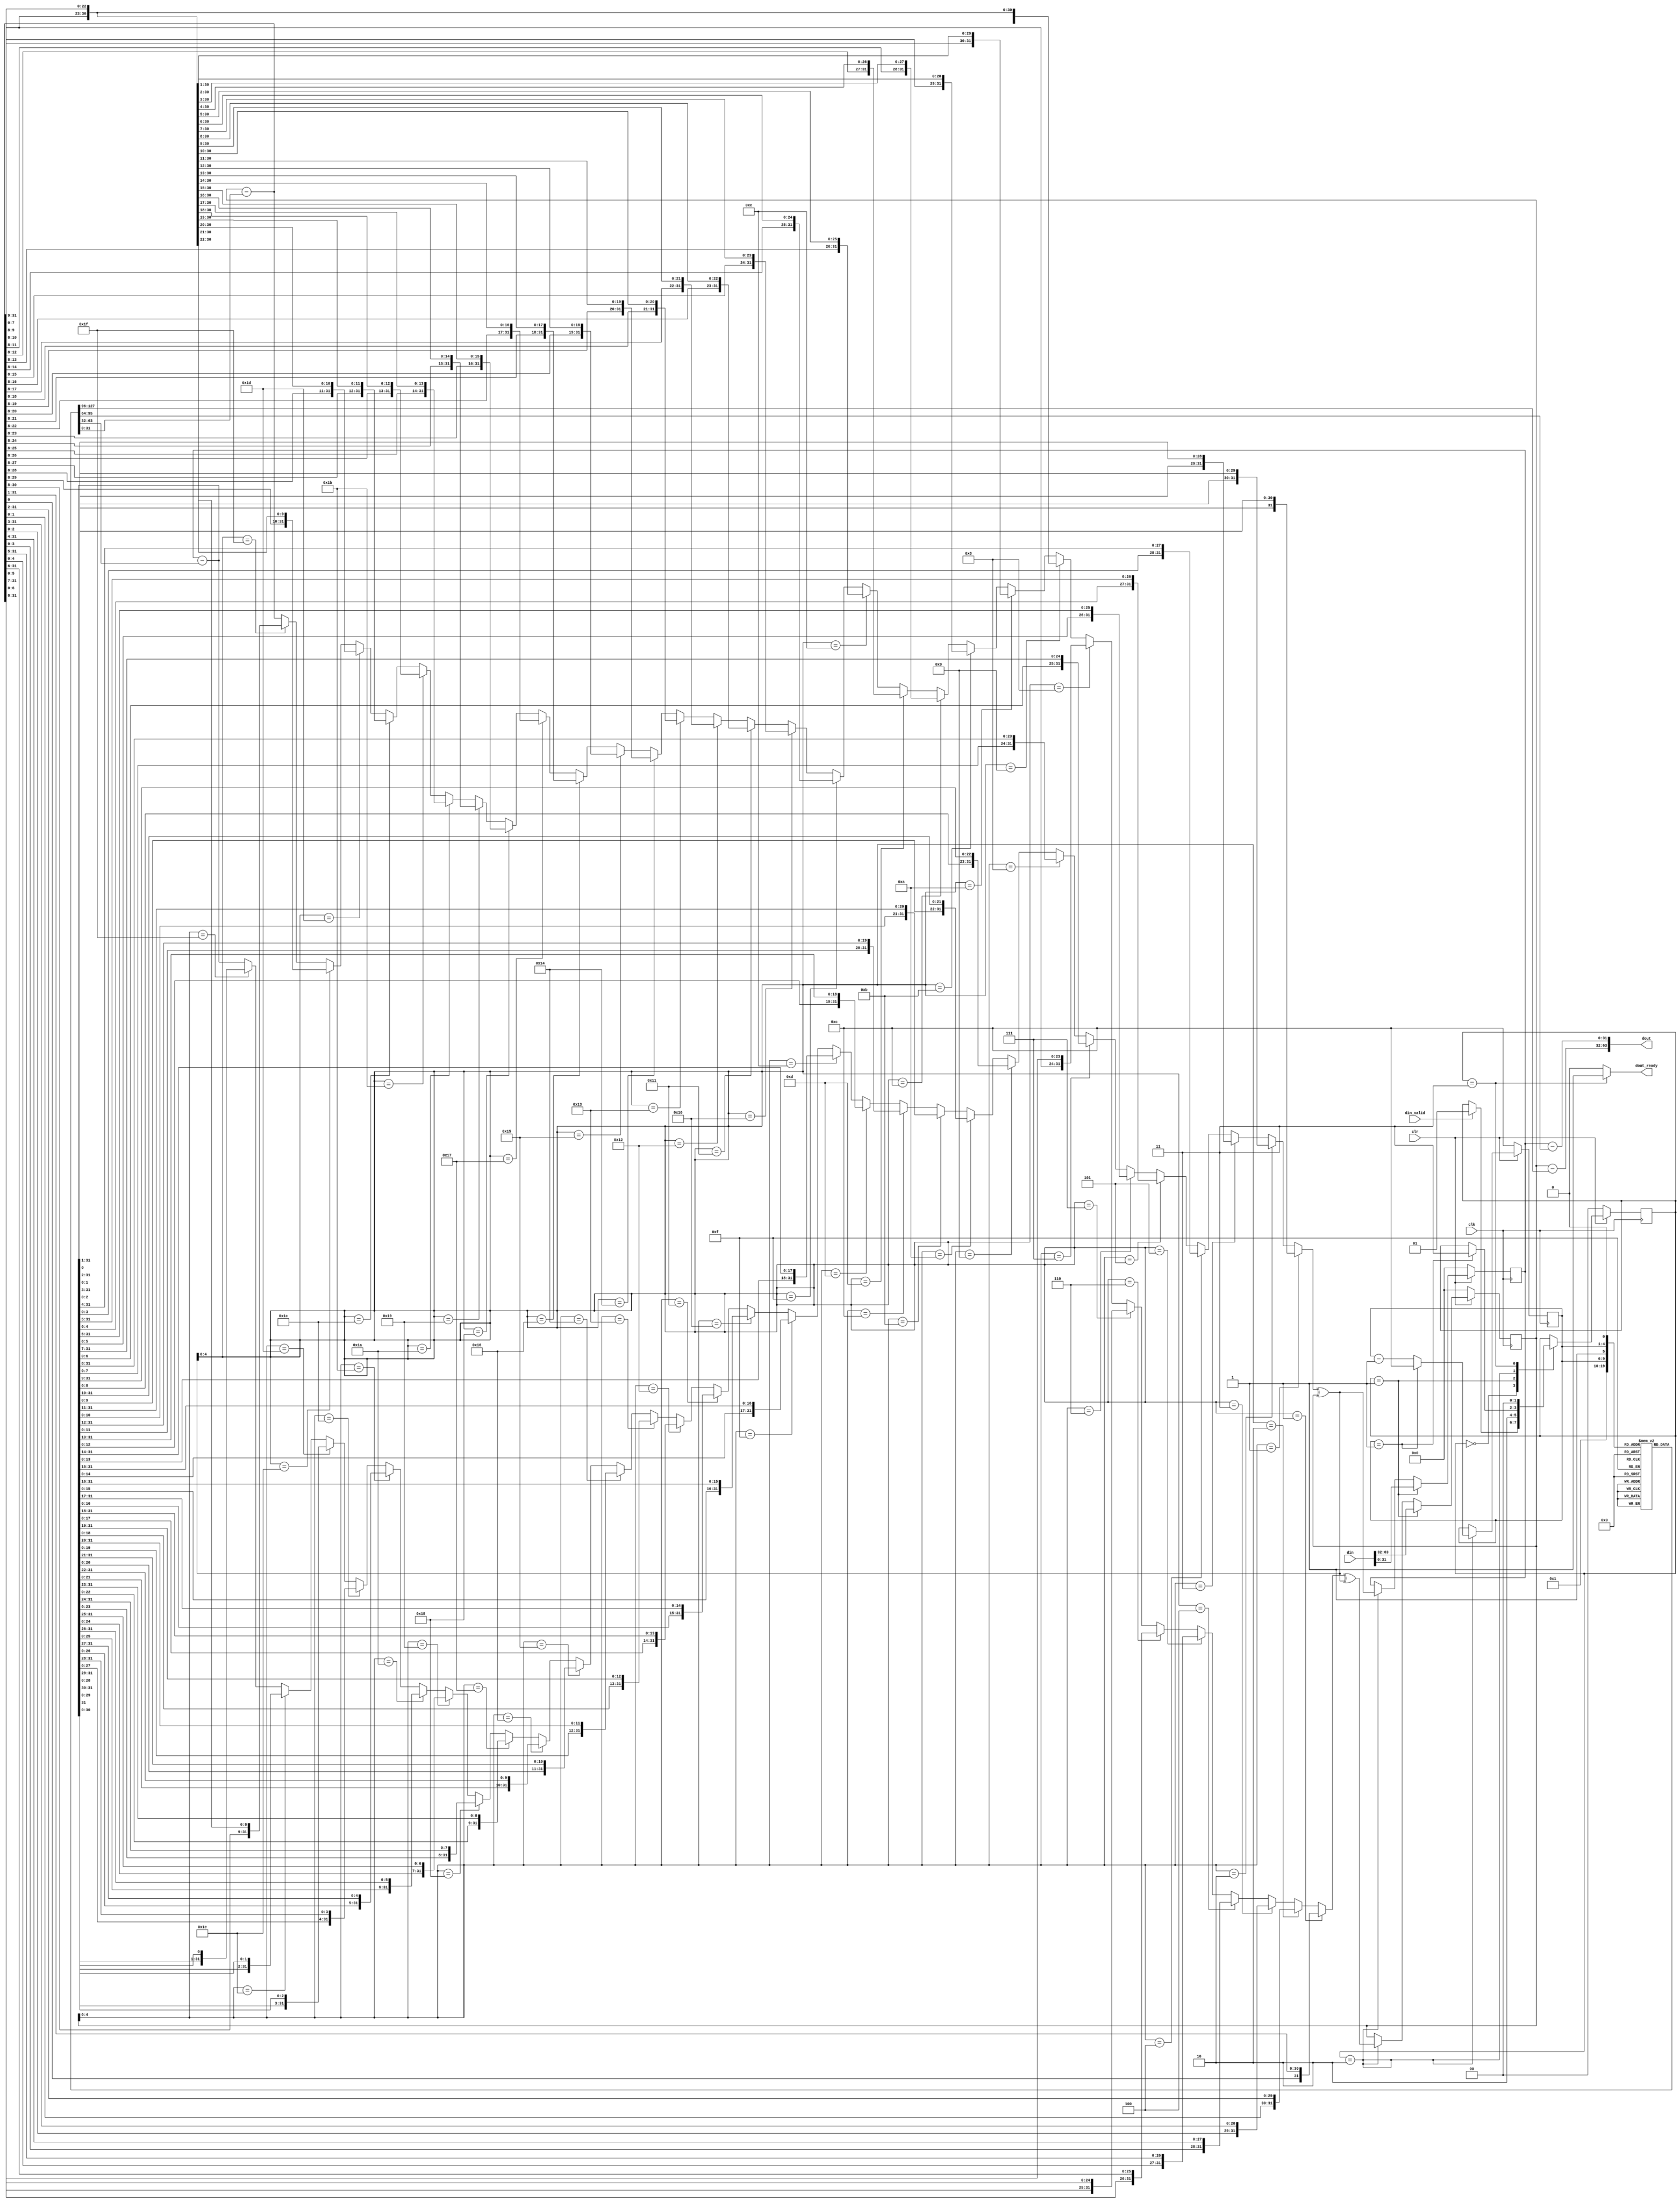
//Github-Copilot was not used
`timescale 1ns / 1ps
module Decryption(
input clr, clk, din_valid,
input [63:0]din,
output dout_ready,
output [63:0]dout);

reg [3:0]i_cnt;
reg [31:0]a_reg, b_reg;
wire [31:0]b_sub, a_sub, a_out,b_out;
wire [31:0]a_rot, b_rot,a_xor,b_xor;
reg [31:0]rom[25:0];

parameter ST_IDLE = 0, ST_PRE_ROUND = 1, ST_ROUND_OP = 2, ST_READY = 3;
reg [1:0]state;

initial begin
    rom[0] = 'h0;
    rom[1] = 'h0;
    rom[2] = 'h46F8E8C5;
    rom[3] = 'h460C6085;
    rom[4] = 'h70F83B8A;
    rom[5] = 'h284B8303;
    rom[6] = 'h513E1454;
    rom[7] = 'hF621ED22;
    rom[8] = 'h3125065D;
    rom[9] = 'h11A83A5D;
    rom[10] = 'hD427686B;
    rom[11] = 'h713AD82D;
    rom[12] = 'h4B792F99;
    rom[13] = 'h2799A4DD;
    rom[14] = 'hA7901C49;
    rom[15] = 'hDEDE871A;
    rom[16] = 'h36C03196;
    rom[17] = 'hA7EFC249;
    rom[18] = 'h61A78BB8;
    rom[19] = 'h3B0A1D2B;
    rom[20] = 'h4DBFCA76;
    rom[21] = 'hAE162167;
    rom[22] = 'h30D76B0A;
    rom[23] = 'h43192304;
    rom[24] = 'hF6CC1431;
    rom[25] = 'h65046380;
end 

assign a_out = a_reg-rom[0];
assign b_out = b_reg-rom[1];
assign dout = {a_out,b_out};
assign dout_ready = state==ST_READY?1'b1:1'b0;

//Combinational Logic Block B
assign b_sub = b_reg-rom[{i_cnt,1'b1}];
assign b_rot =  
(a_reg[4:0]==1)?{b_sub[0],b_sub[31:1]}:
(a_reg[4:0]==2)?{b_sub[1:0],b_sub[31:2]}:
(a_reg[4:0]==3)?{b_sub[2:0],b_sub[31:3]}:
(a_reg[4:0]==4)?{b_sub[3:0],b_sub[31:4]}:
(a_reg[4:0]==5)?{b_sub[4:0],b_sub[31:5]}:
(a_reg[4:0]==6)?{b_sub[5:0],b_sub[31:6]}:
(a_reg[4:0]==7)?{b_sub[6:0],b_sub[31:7]}:
(a_reg[4:0]==8)?{b_sub[7:0],b_sub[31:8]}:
(a_reg[4:0]==9)?{b_sub[8:0],b_sub[31:9]}:
(a_reg[4:0]==10)?{b_sub[9:0],b_sub[31:10]}:
(a_reg[4:0]==11)?{b_sub[10:0],b_sub[31:11]}:
(a_reg[4:0]==12)?{b_sub[11:0],b_sub[31:12]}:
(a_reg[4:0]==13)?{b_sub[12:0],b_sub[31:13]}:
(a_reg[4:0]==14)?{b_sub[13:0],b_sub[31:14]}:
(a_reg[4:0]==15)?{b_sub[14:0],b_sub[31:15]}:
(a_reg[4:0]==16)?{b_sub[15:0],b_sub[31:16]}:
(a_reg[4:0]==17)?{b_sub[16:0],b_sub[31:17]}:
(a_reg[4:0]==18)?{b_sub[17:0],b_sub[31:18]}:
(a_reg[4:0]==19)?{b_sub[18:0],b_sub[31:19]}:
(a_reg[4:0]==20)?{b_sub[19:0],b_sub[31:20]}:
(a_reg[4:0]==21)?{b_sub[20:0],b_sub[31:21]}:
(a_reg[4:0]==22)?{b_sub[21:0],b_sub[31:22]}:
(a_reg[4:0]==23)?{b_sub[22:0],b_sub[31:23]}:
(a_reg[4:0]==24)?{b_sub[23:0],b_sub[31:24]}:
(a_reg[4:0]==25)?{b_sub[24:0],b_sub[31:25]}:
(a_reg[4:0]==26)?{b_sub[25:0],b_sub[31:26]}:
(a_reg[4:0]==27)?{b_sub[26:0],b_sub[31:27]}:
(a_reg[4:0]==28)?{b_sub[27:0],b_sub[31:28]}:
(a_reg[4:0]==29)?{b_sub[28:0],b_sub[31:29]}:
(a_reg[4:0]==30)?{b_sub[29:0],b_sub[31:30]}:
(a_reg[4:0]==31)?{b_sub[30:0],b_sub[31]}:
b_sub;
assign b_xor = b_rot ^ a_reg; 

//Combinational Logic Block A
assign a_sub = a_reg-rom[{i_cnt,1'b0}];
assign a_rot =  
(b_xor[4:0]==1)?{a_sub[0],a_sub[31:1]}:
(b_xor[4:0]==2)?{a_sub[1:0],a_sub[31:2]}:
(b_xor[4:0]==3)?{a_sub[2:0],a_sub[31:3]}:
(b_xor[4:0]==4)?{a_sub[3:0],a_sub[31:4]}:
(b_xor[4:0]==5)?{a_sub[4:0],a_sub[31:5]}:
(b_xor[4:0]==6)?{a_sub[5:0],a_sub[31:6]}:
(b_xor[4:0]==7)?{a_sub[6:0],a_sub[31:7]}:
(b_xor[4:0]==8)?{a_sub[7:0],a_sub[31:8]}:
(b_xor[4:0]==9)?{a_sub[8:0],a_sub[31:9]}:
(b_xor[4:0]==10)?{a_sub[9:0],a_sub[31:10]}:
(b_xor[4:0]==11)?{a_sub[10:0],a_sub[31:11]}:
(b_xor[4:0]==12)?{a_sub[11:0],a_sub[31:12]}:
(b_xor[4:0]==13)?{a_sub[12:0],a_sub[31:13]}:
(b_xor[4:0]==14)?{a_sub[13:0],a_sub[31:14]}:
(b_xor[4:0]==15)?{a_sub[14:0],a_sub[31:15]}:
(b_xor[4:0]==16)?{a_sub[15:0],a_sub[31:16]}:
(b_xor[4:0]==17)?{a_sub[16:0],a_sub[31:17]}:
(b_xor[4:0]==18)?{a_sub[17:0],a_sub[31:18]}:
(b_xor[4:0]==19)?{a_sub[18:0],a_sub[31:19]}:
(b_xor[4:0]==20)?{a_sub[19:0],a_sub[31:20]}:
(b_xor[4:0]==21)?{a_sub[20:0],a_sub[31:21]}:
(b_xor[4:0]==22)?{a_sub[21:0],a_sub[31:22]}:
(b_xor[4:0]==23)?{a_sub[22:0],a_sub[31:23]}:
(b_xor[4:0]==24)?{a_sub[23:0],a_sub[31:24]}:
(b_xor[4:0]==25)?{a_sub[24:0],a_sub[31:25]}:
(b_xor[4:0]==26)?{a_sub[25:0],a_sub[31:26]}:
(b_xor[4:0]==27)?{a_sub[26:0],a_sub[31:27]}:
(b_xor[4:0]==28)?{a_sub[27:0],a_sub[31:28]}:
(b_xor[4:0]==29)?{a_sub[28:0],a_sub[31:29]}:
(b_xor[4:0]==30)?{a_sub[29:0],a_sub[31:30]}:
(b_xor[4:0]==31)?{a_sub[30:0],a_sub[31]}:
a_sub;
assign a_xor = a_rot ^ b_xor;

// Sequential Circuit for Block B
always@(posedge clk)begin
    if(!clr)
       b_reg <= 0;
    else if(state == ST_PRE_ROUND)
        b_reg <= din[31:0];
    else if(state == ST_ROUND_OP)
       b_reg <= b_xor;       
end

// Sequential Circuit for Block A
always@(posedge clk)
begin
    if(!clr)
       a_reg <= 0;
    else if(state == ST_PRE_ROUND)
       a_reg <= din[63:32];
    else if(state == ST_ROUND_OP)
       a_reg <= a_xor;
end

always @(posedge clk)begin
    if(!clr) 
        state <= ST_IDLE;
    else
        case(state)
            ST_IDLE : if(din_valid)
                        state <= ST_PRE_ROUND;
            ST_PRE_ROUND : state <= ST_ROUND_OP;
            ST_ROUND_OP : if(i_cnt == 4'b0001)
                            state <= ST_READY;
            ST_READY : state <= ST_IDLE;
        endcase                      
end


// Round Counter
always@(posedge clk)
begin
    if(!clr)
        i_cnt <= 4'b1100;
    else if (state == ST_ROUND_OP)
        if(i_cnt == 4'b0001)
            i_cnt <= 4'b1100;
        else
            i_cnt <= i_cnt - 1 ;    
end


endmodule